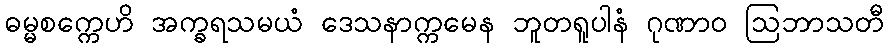
ဓမ္မစက္ကေဟိ အက္ခရသမယံ ဒေသနာက္ကမေန ဘူတရူပါနံ ဂုဏာဝ ဩဘာသတီ